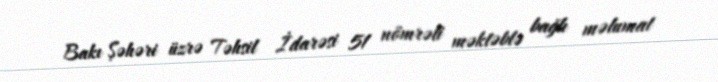
Bakı Şəhəri üzrə Təhsil İdarəsi 51 nömrəli məktəblə bağlı məlumat